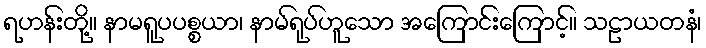
ရဟန်းတို့။ နာမရူပပစ္စယာ၊ နာမ်ရုပ်ဟူသော အကြောင်းကြောင့်။ သဠာယတနံ၊